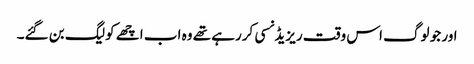
اور جو لوگ اس وقت ریزیڈنسی کررہے تھے وہ اب اچھے کولیگ بن گئے۔